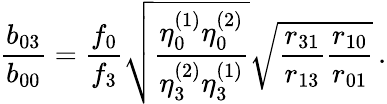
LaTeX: \frac{b_{03}}{b_{00}}=\frac{f_{0}}{f_{3}}\sqrt{\frac{\eta_{0}^{(1)}\eta_{0}^{(2)}}{\eta_{3}^{(2)}\eta_{3}^{(1)}}}\sqrt{\frac{r_{31}}{r_{13}}\frac{r_{10}}{r_{01}}}\, .